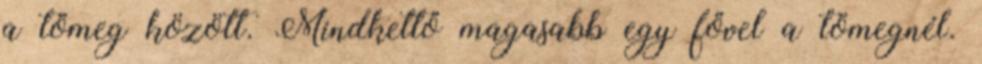
a tömeg között. Mindkettő magasabb egy fővel a tömegnél.